Civil Veterinary Dept. Bombay admin report 1932-41 - 1932-1941
Year: 1932
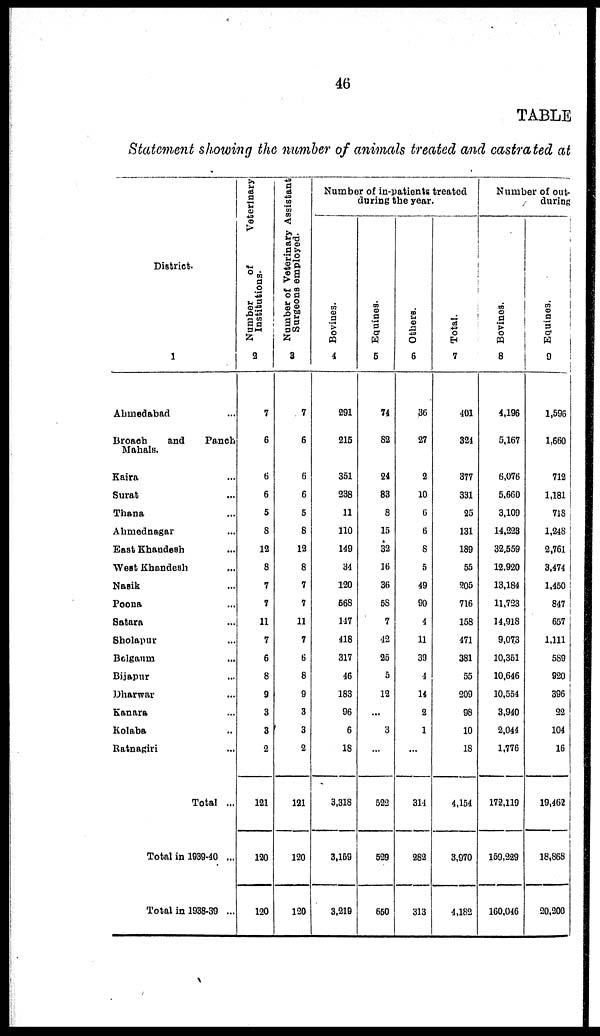
46
TABLE
Statement showing the number of animals treated and castrated at
District.
1
Ahmedabad ...
Broach
and
Panch
Mahals.
Kaira ...
Surat ...
Thana ...
Ahmednagar ...
East Khandesh ...
West Khandesh ...
Nasik ...
Poona ...
Satara ...
Sholapur ...
Belgaum ...
Bijapur ...
Dharwar ...
Kanara ...
Kolaba ...
Ratnagiri ...
Total ...
Total in 1939-40 ...
Total in 1938-39 ...
Number of
Veterinary
Institutions.
2
7
6
6
6
5
8
12
8
7
7
11
7
6
8
9
3
3
2
121
120
120
Number of Veterinary Assistant
Surgeons employed.
3
7
6
6
6
5
8
12
8
7
7
11
7
6
8
9
3
3
2
121
120
120
Number of in-patients treated
during the year.
Bovines.
4
291
215
351
238
11
110
149
34
120
568
117
418
317
46
183
96
6
18
3,318
3,159
3,219
Equines.
5
74
82
24
83
8
15
32
16
36
58
7
42
25
5
12
...
3
...
522
529
650
Others.
6
36
27
2
10
6
6
8
5
49
90
4
11
39
4
14
2
1
...
314
282
313
Total.
7
401
324
377
331
25
131
189
55
205
716
158
471
381
55
209
98
10
18
4,154
3,970
4,182
Number of out¬
during
Bovines.
8
4,196
5,167
6,076
5,660
3,109
14,223
32,559
12,920
13,184
11,723
14,918
9,073
10,351
10,646
10,554
3,940
2,044
1,776
172,119
159,229
160,046
Equines.
9
1,596
1,660
712
1,181
718
1,248
2,761
3,474
1,450
847
657
1,111
589
920
396
22
104
16
19,462
18,868
20,200